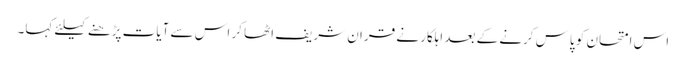
اس امتحان کو پاس کرنے کے بعد اہلکار نے قران شریف اٹھا کر اس سے آیات پڑھنے کیلئے کہا۔